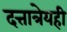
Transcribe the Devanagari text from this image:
दत्तात्रेयही